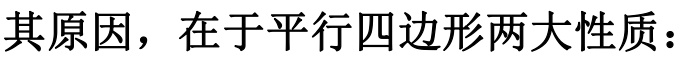
其原因，在于平行四边形两大性质：